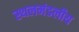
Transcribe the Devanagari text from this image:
स्थलमंडलीय